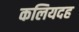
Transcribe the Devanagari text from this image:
कलियदह